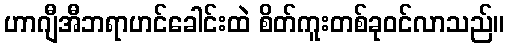
ဟာဂျီအီဘရာဟင်ခေါင်းထဲ စိတ်ကူးတစ်ခုဝင်လာသည်။